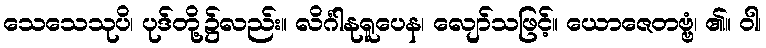
သေသေသုပိ၊ ပုဒ်တို့၌လည်း။ လိင်္ဂါနုရူပေန၊ လျော်သဖြင့်။ ယောဇေတဗ္ဗံ၊ ၏။ ဝါ၊